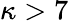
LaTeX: \kappa>7